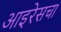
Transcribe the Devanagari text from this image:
आइरेसचा